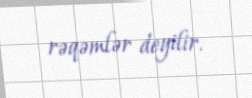
rəqəmlər deyilir.